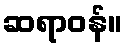
ဆရာဝန်။